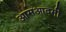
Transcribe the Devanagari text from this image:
आमआदमी